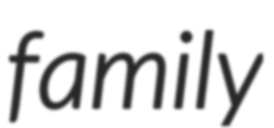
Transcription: family